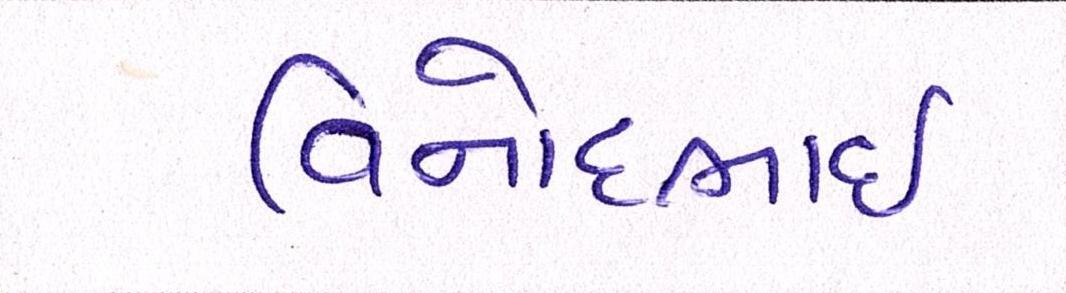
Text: વિનોદભાઈ